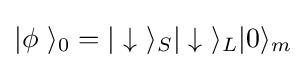
|\phi \ \rangle _{0}=|\downarrow \ \rangle _{S}|\downarrow \ \rangle _{L}|0\rangle _{m}